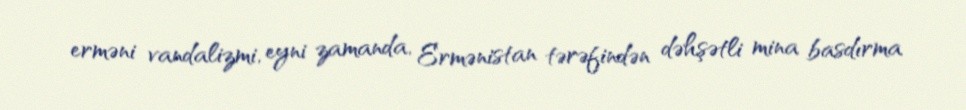
erməni vandalizmi, eyni zamanda, Ermənistan tərəfindən dəhşətli mina basdırma